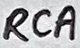
Text: RCA